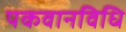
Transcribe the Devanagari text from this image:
पकवानविधि